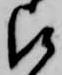
被